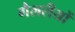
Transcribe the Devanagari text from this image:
गैलरीयों